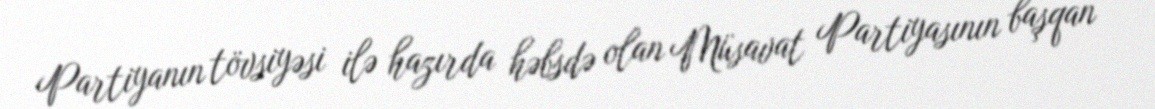
Partiyanın tövsiyəsi ilə hazırda həbsdə olan Müsavat Partiyasının başqan